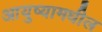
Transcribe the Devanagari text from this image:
आयुष्यामधील